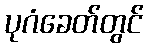
ပုဂံခေတ်တွင်